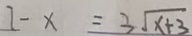
7 - x = 3 \sqrt { x + 3 }